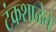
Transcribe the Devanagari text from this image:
टंकशाळेचे